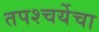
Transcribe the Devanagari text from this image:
तपश्‍चर्येचा